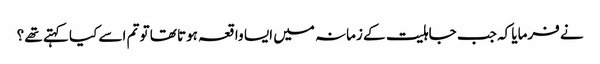
نے فرمایا کہ جب جاہلیت کے زمانہ میں ایسا واقعہ ہوتا تھا تو تم اسے کیا کہتے تھے ؟